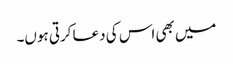
میں بھی اس کی دعا کرتی ہوں۔